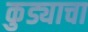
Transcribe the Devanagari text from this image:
कुड्याचा